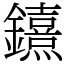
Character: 𨯨